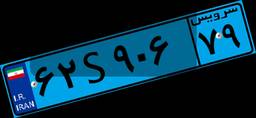
۷۶S۵۷۶۶۵